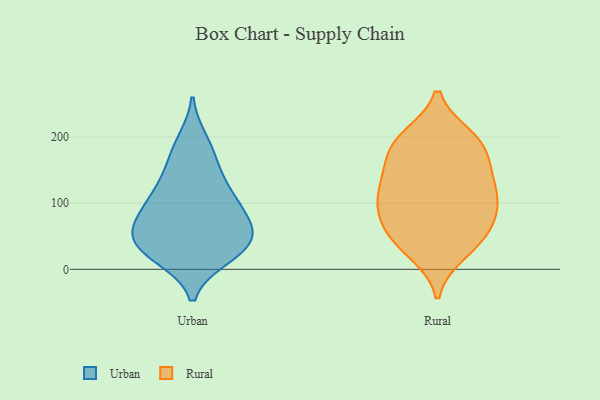
{"axis": {"x": "Backlog", "y": "Value"}, "legend": ["Rural", "Urban"], "data": [{"x": "", "y": 50, "type": "Urban"}, {"x": "", "y": 20, "type": "Urban"}, {"x": "", "y": 60, "type": "Urban"}, {"x": "", "y": 90, "type": "Urban"}, {"x": "", "y": 32, "type": "Urban"}, {"x": "", "y": 33, "type": "Urban"}, {"x": "", "y": 172, "type": "Urban"}, {"x": "", "y": 103, "type": "Urban"}, {"x": "", "y": 58, "type": "Urban"}, {"x": "", "y": 62, "type": "Urban"}, {"x": "", "y": 146, "type": "Urban"}, {"x": "", "y": 193, "type": "Urban"}, {"x": "", "y": 120, "type": "Urban"}, {"x": "", "y": 24, "type": "Urban"}, {"x": "", "y": 101, "type": "Urban"}, {"x": "", "y": 185, "type": "Rural"}, {"x": "", "y": 195, "type": "Rural"}, {"x": "", "y": 171, "type": "Rural"}, {"x": "", "y": 133, "type": "Rural"}, {"x": "", "y": 25, "type": "Rural"}, {"x": "", "y": 195, "type": "Rural"}, {"x": "", "y": 78, "type": "Rural"}, {"x": "", "y": 44, "type": "Rural"}, {"x": "", "y": 112, "type": "Rural"}, {"x": "", "y": 75, "type": "Rural"}, {"x": "", "y": 144, "type": "Rural"}, {"x": "", "y": 87, "type": "Rural"}, {"x": "", "y": 103, "type": "Rural"}, {"x": "", "y": 110, "type": "Rural"}, {"x": "", "y": 35, "type": "Rural"}, {"x": "", "y": 200, "type": "Rural"}, {"x": "", "y": 55, "type": "Rural"}, {"x": "", "y": 142, "type": "Rural"}]}